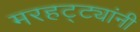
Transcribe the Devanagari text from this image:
मरहट्ट्यांनी